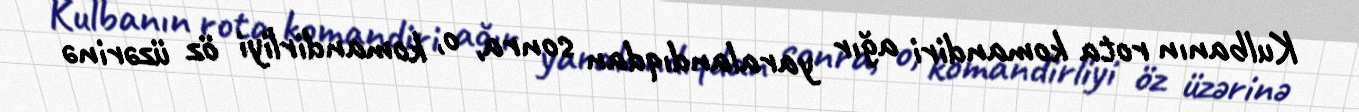
Kulbanın rota komandiri ağır yaralandıqdan sonra, o, komandirliyi öz üzərinə